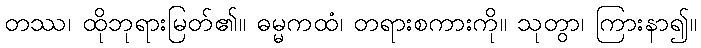
တဿ၊ ထိုဘုရားမြတ်၏။ ဓမ္မကထံ၊ တရားစကားကို။ သုတွာ၊ ကြားနာ၍။